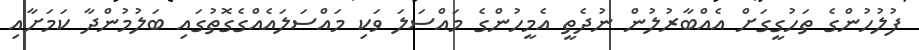
ފުލުހުންގެ ތަހުގީގަށް އެއްބާރުލުން ނުދެތީ އެމީހުންގެ މައްސަލަ ވަކި މައްސަލައެއްގެގޮތުގައި ބަލުމުންދާ ކަމަށާއި